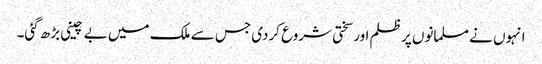
انہوں نے مسلمانوں پر ظلم اور سختی شروع کردی جس سے ملک میں بے چینی بڑھ گئی۔